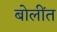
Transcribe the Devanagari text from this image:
बोलींत